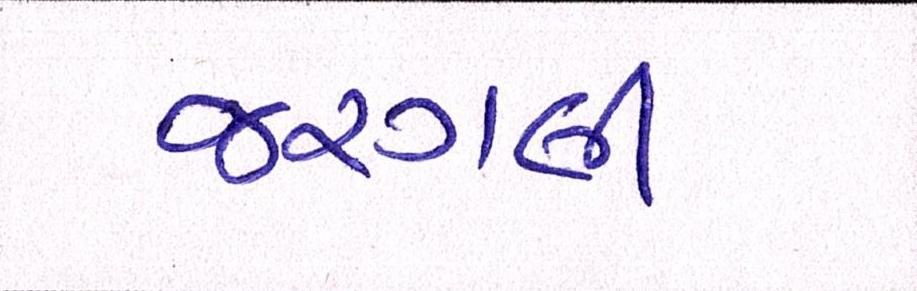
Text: જરગલી